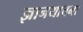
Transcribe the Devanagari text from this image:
ज्ञानयाचना